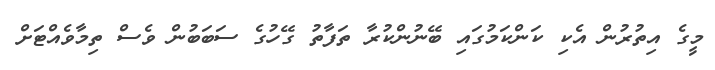
މީގެ އިތުރުން އެކި ކަންކަމުގައި ބޭނުންކުރާ ތަފާތު ގޭހުގެ ސަބަބުން ވެސް ތިމާވެއްޓަށް